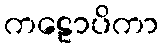
ကဠောပိကာ